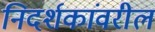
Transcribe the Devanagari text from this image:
निदर्शकांवरील